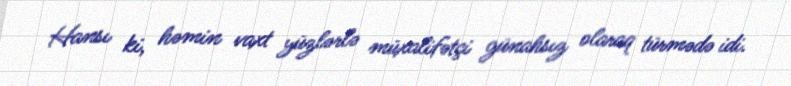
Hansı ki, həmin vaxt yüzlərlə müxalifətçi günahsız olaraq türmədə idi.